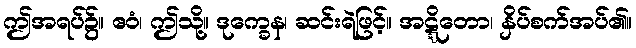
ဤအရပ်၌။ ဧဝံ၊ ဤသို့။ ဒုက္ခေန၊ ဆင်းရဲဖြင့်။ အဋ္ဋိတော၊ နှိပ်စက်အပ်၏။